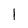
Character: I